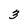
Character: 3